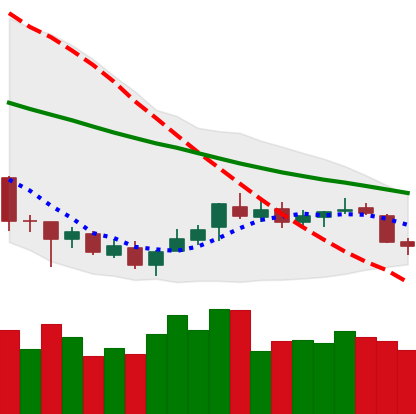
Ticker: XLM-USD
Chart end date: 2018-07-11
Forward return: 25.553%
Label: up_7plus